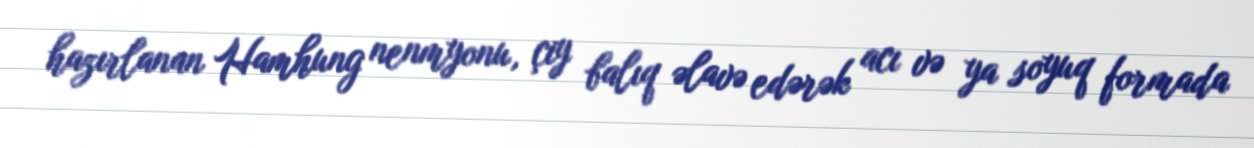
hazırlanan Hamhung nenmyonu, çiy balıq əlavə edərək acı və ya soyuq formada